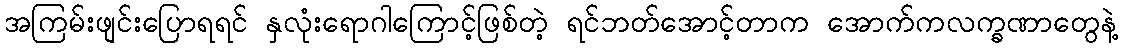
အကြမ်းဖျင်းပြောရရင် နှလုံးရောဂါကြောင့်ဖြစ်တဲ့ ရင်ဘတ်အောင့်တာက အောက်ကလက္ခဏာတွေနဲ့